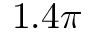
1 . 4 \pi